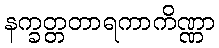
နက္ခတ္တတာရကာကိဏ္ဏာ